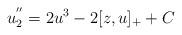
LaTeX: \begin{align*} u_{2}^{''} = 2u^{3} - 2 [ z, u ]_{+} + C\end{align*}